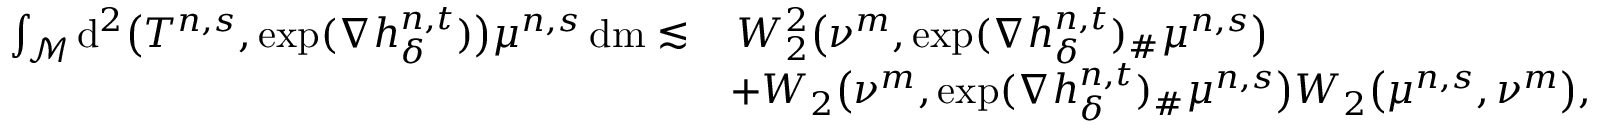
\begin{array} { r l } { \int _ { \mathcal { M } } \mathrm { d } ^ { 2 } \big ( T ^ { n , s } , \exp ( \nabla h _ { \delta } ^ { n , t } ) \big ) \mu ^ { n , s } \, \mathrm { d } \mathrm { m } \lesssim } & { \, W _ { 2 } ^ { 2 } \big ( \nu ^ { m } , \exp ( \nabla h _ { \delta } ^ { n , t } ) _ { \# } \mu ^ { n , s } \big ) } \\ & { + W _ { 2 } \big ( \nu ^ { m } , \exp ( \nabla h _ { \delta } ^ { n , t } ) _ { \# } \mu ^ { n , s } \big ) W _ { 2 } \big ( \mu ^ { n , s } , \nu ^ { m } \big ) , } \end{array}